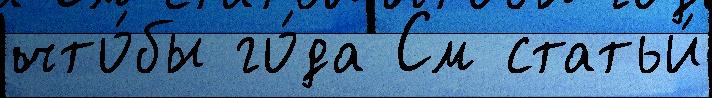
что́бы го́да См статьи́